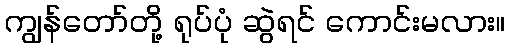
ကျွန်တော်တို့ ရုပ်ပုံ ဆွဲရင် ကောင်းမလား။